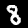
Digit: 8